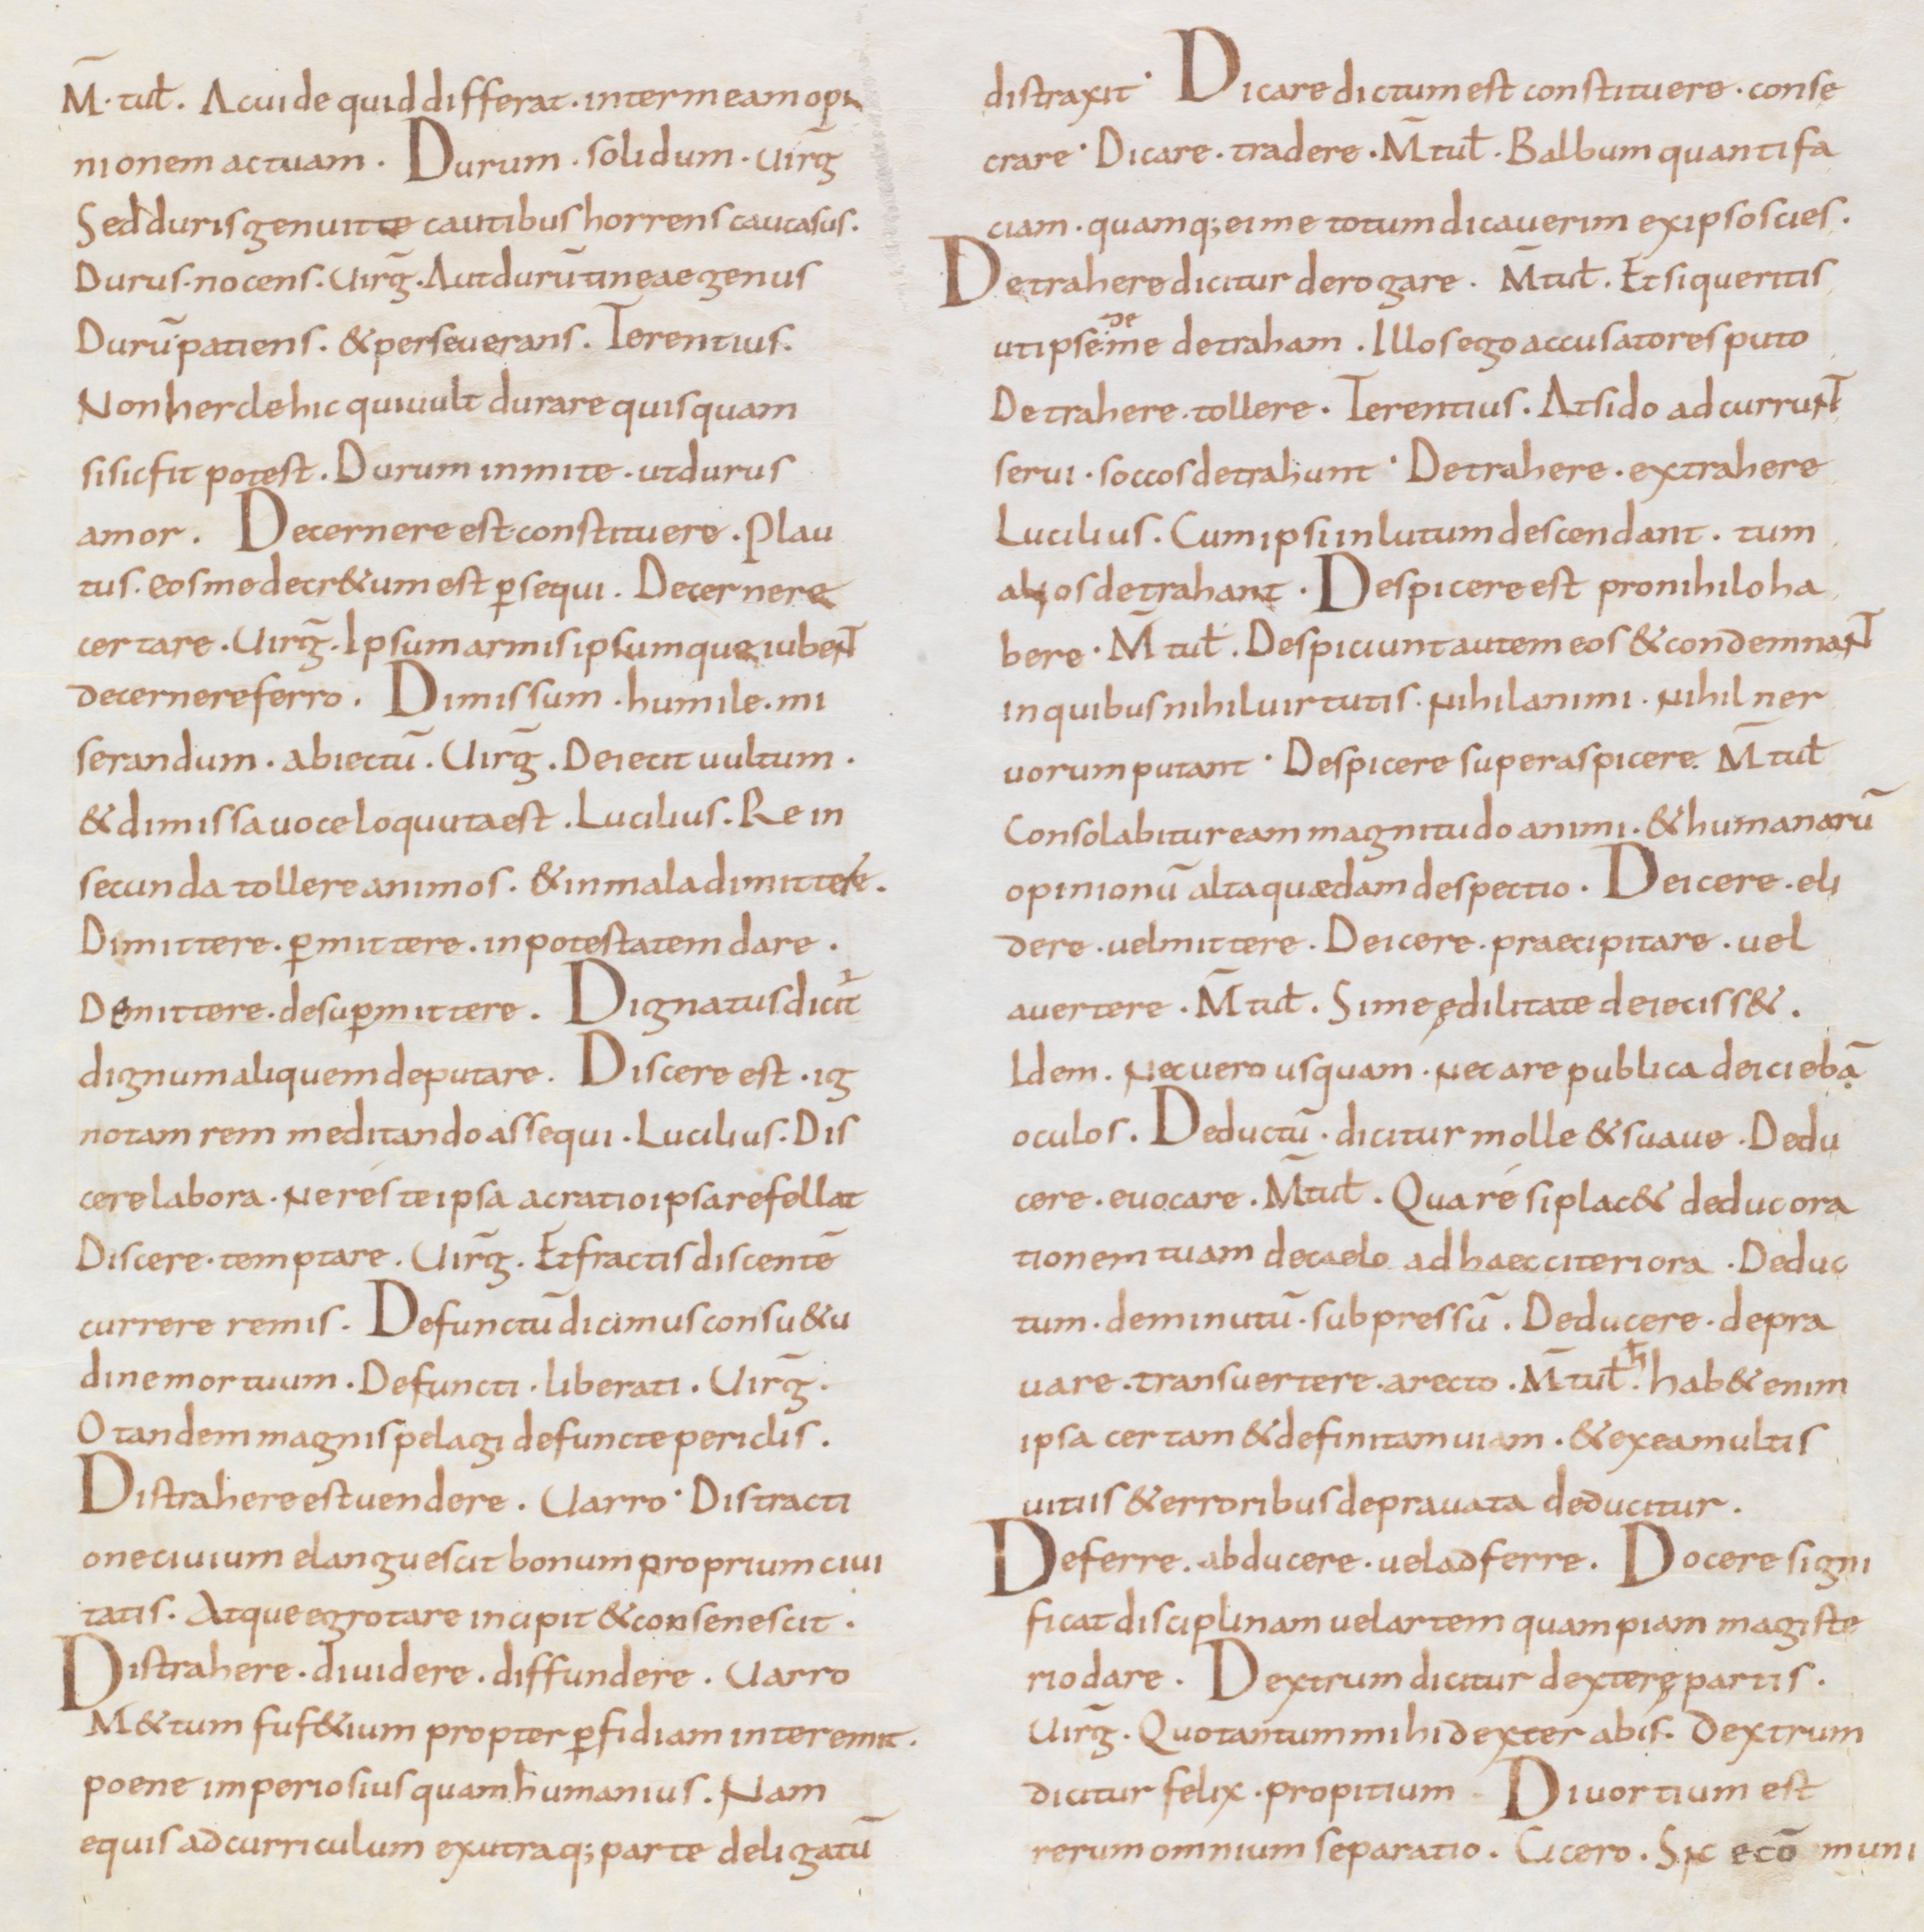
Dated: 850–899